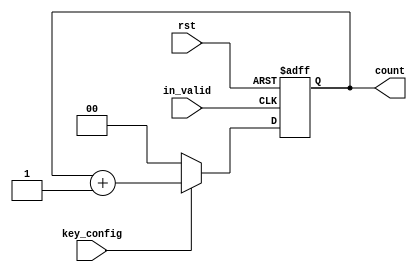
// 2-bit counter module
// ==============================
// 2-bit counter for selecting bewteen data and encryption
//   keys in data stream compression and encryption top
//   level module
// ==============================

`timescale 1 ns/ 1 ps

module counter2bit(rst,in_valid,key_config,count);
  input rst;
  
  input in_valid;             // Signal indicating that the counter should increment (Device should configure the next encryption key)
  input key_config;           // Enable the counter -- if key_config low the counter should reset to 0
  
  output reg [1:0] count; // Counter value output, mirrors count reg 
    

  always@(posedge in_valid, negedge rst) begin
    if(~rst) begin
      count <= 2'b0;
    end else if(key_config == 1'b0) begin
      count <= 2'b0;
    end else
      count <= count + 2'b1;   
         
  end
  
  

endmodule